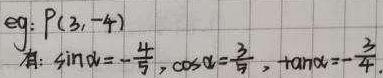
$eg: P(3, -4)$
有: $\sin\alpha = -\frac{4}{5}, \cos\alpha = \frac{3}{5}, \tan\alpha = -\frac{4}{3}.$